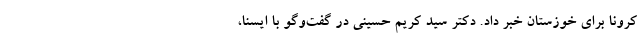
کرونا برای خوزستان خبر داد. دکتر سید کریم حسینی در گفت‌وگو با ایسنا،